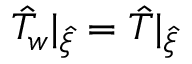
\hat { T } _ { w } | _ { \hat { \xi } } = \hat { T } | _ { \hat { \xi } }